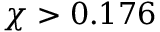
\chi > 0 . 1 7 6